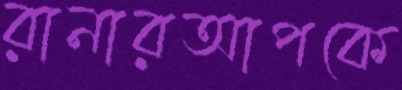
রানারআপকে